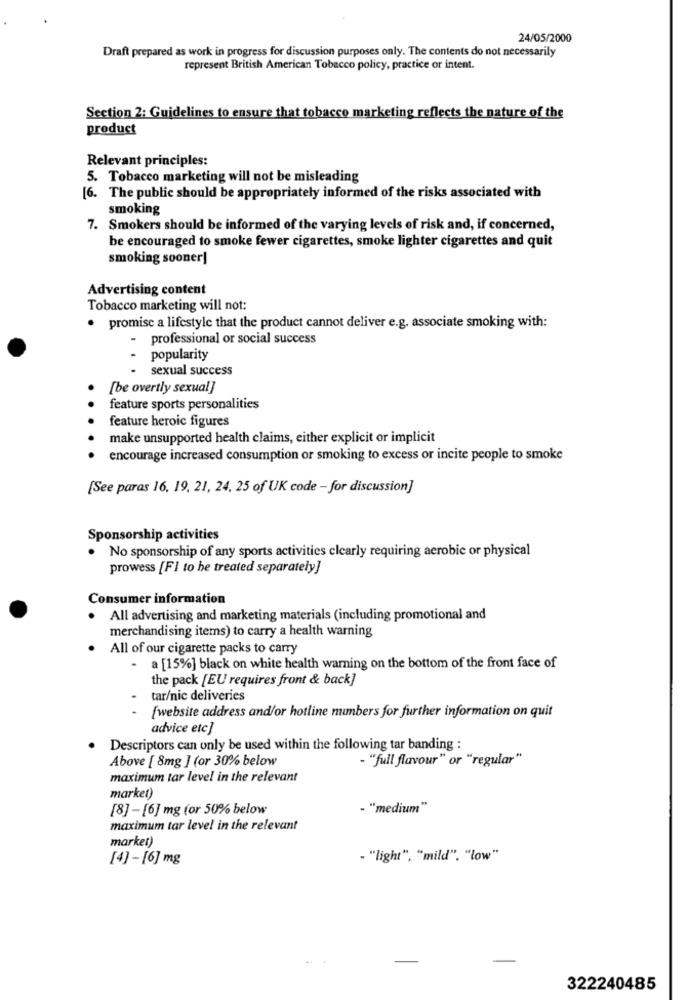
24/05/2000
Draft prepared as work in progress for discussion purposes only. The contents do not necessarily
represent British American Tobacco policy, practice or intent.
Section 2: Guidelines to ensure that tobacco marketing reflects the nature of the
product
Relevant principles:
5. Tobacco marketing will not be misleading
[6. The public should be appropriately informed of the risks associated with
smoking
7. Smokers should be informed of the varying levels of risk and, if concerned,
be encouraged to smoke fewer cigarettes, smoke lighter cigarettes and quit
smoking sooner]
Advertising content
Tobacco marketing will not:
. promise a lifestyle that the product cannot deliver e.g. associate smoking with:
- professional or social success
popularity
sexual success
[be overtly sexual]
feature sports personalities
feature heroic figures
make unsupported health claims, either explicit or implicit
encourage increased consumption or smoking to excess or incite people to smoke
[See paras 16, 19, 21, 24, 25 of UK code - for discussion]
Sponsorship activities
No sponsorship of any sports activities clearly requiring aerobic or physical
prowess [Fl to be treated separately]
Consumer information
All advertising and marketing materials (including promotional and
merchandising items) to carry a health warning
All of our cigarette packs to carry
a [15%] black on white health warning on the bottom of the front face of
the pack [EU requires front & back]
tar/nic deliveries
..
[website address and/or hotline numbers for further information on quit
advice etc]
Descriptors can only be used within the following tar banding :
Above [ 8mg ] (or 30% below
- "full flavour" or "regular"
maximum tar level in the relevant
market)
[8] -[6] mg (or 50% below
- "medium"
maximum tar level in the relevant
market)
[4]-[6] mg
- "light", "mild". "low"
322240485